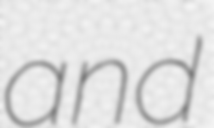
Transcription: and